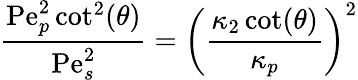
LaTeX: \frac{\mathrm{Pe}_{p}^{2}\cot^{2}(\theta)}{\mathrm{Pe}_{s}^{2}}=\left(\frac{\kappa_{2}\cot(\theta)}{\kappa_{p}}\right)^{2}